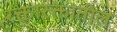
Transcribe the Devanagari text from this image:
रक्तारक्तातील